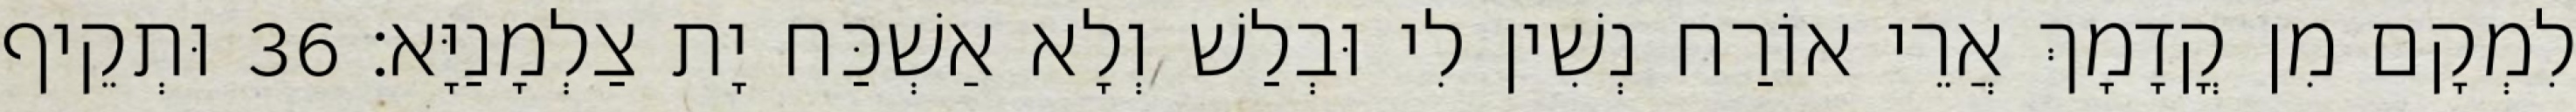
לִמְקָם מִן קֳדָמָךְ אֲרֵי אוֹרַח נְשִׁין לִי וּבְלַשׁ וְלָא אַשְׁכַּח יָת צַלְמָנַיָּא׃ 36 וּתְקֵיף